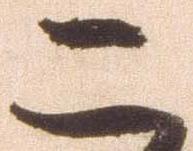
二